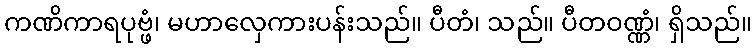
ကဏိကာရပုဗ္ဖံ၊ မဟာလှေကားပန်းသည်။ ပီတံ၊ သည်။ ပီတဝဏ္ဏံ၊ ရှိသည်။